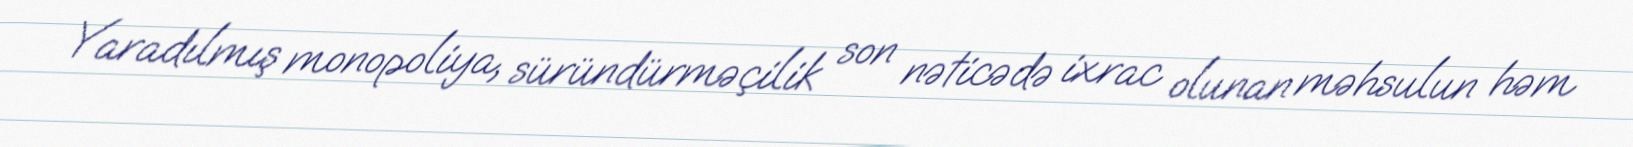
Yaradılmış monopoliya, süründürməçilik son nəticədə ixrac olunan məhsulun həm